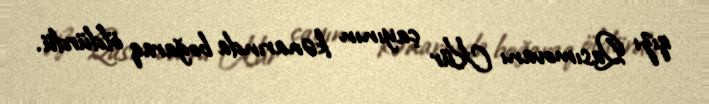
qızı Qasımovanı Kür çayının kənarında boğaraq öldürdü.